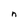
Character: n